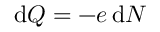
\mathrm { d } Q = - e \, \mathrm { d } N